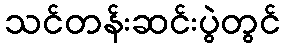
သင်တန်းဆင်းပွဲတွင်